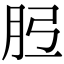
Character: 𦙠